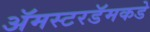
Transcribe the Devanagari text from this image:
ॲमस्टरडॅमकडे